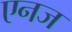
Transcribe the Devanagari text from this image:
एनज